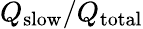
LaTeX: Q_{\mathrm{slow}}/Q_{\mathrm{total}}